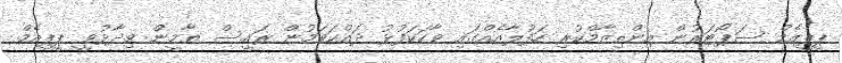
ޕީޕީއެމް ސަޕޯޓަރުން އިންތިޒާމްކުރި ހަފުލާއެއްގައި ވާހަކަފުޅު ދައްކަވަމުން ރައީސް ޔާމީން ވިދާޅުވީ ޕީޕީއެމް